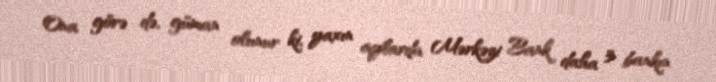
Ona görə də, güman olunur ki, yaxın aylarda Mərkəzi Bank daha 3 bankın